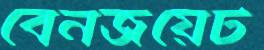
বেনজয়েট